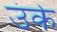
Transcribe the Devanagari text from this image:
उंके